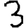
Digit: 3